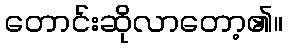
တောင်းဆိုလာတော့၏။